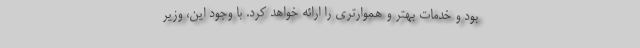
بود و خدمات بهتر و هموارتری را ارائه خواهد کرد. با وجود این، وزیر